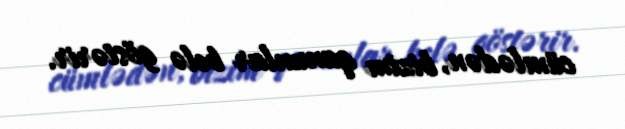
cümlədən, bizim qanunlar belə göstərir.